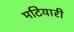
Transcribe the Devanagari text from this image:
मटियारी